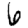
Digit: 6